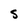
Character: S